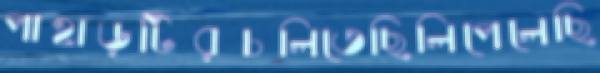
পাহাড়টিরচলিতেছিলিপেলেছি